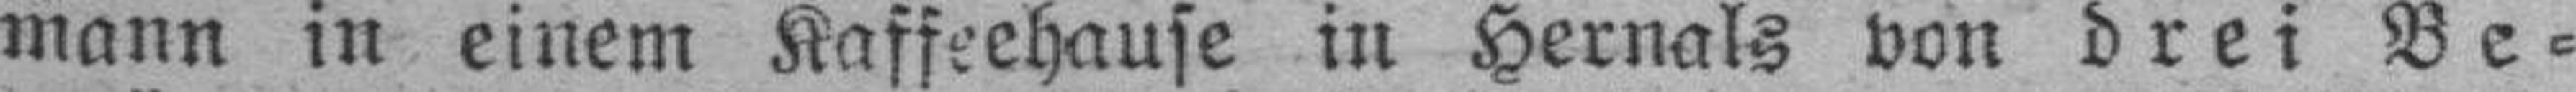
mann in einem Kaffeehause in Hernals von drei Be¬